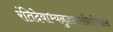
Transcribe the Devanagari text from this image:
रंतिदेवाभ्यनुज्ञातमग्निष्टोमफलं